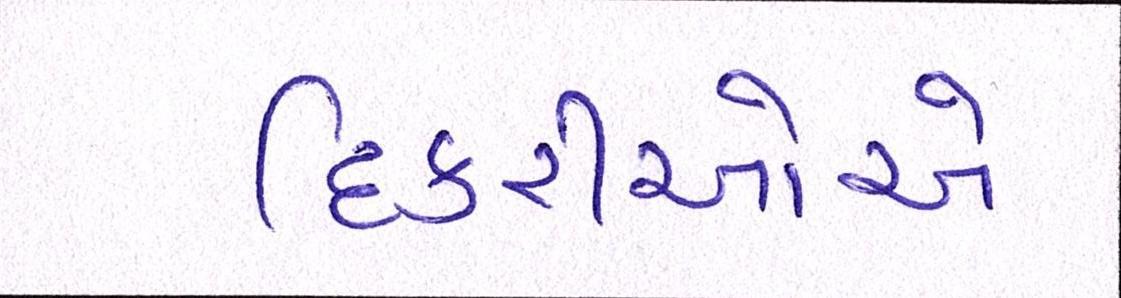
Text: દિકરીઓએ